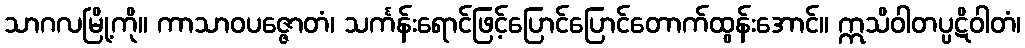
သာဂလမြို့ကို။ ကာသာဝပဇ္ဇောတံ၊ သင်္ကန်းရောင်ဖြင့်ပြောင်ပြောင်တောက်ထွန်းအောင်။ ဣသိဝါတပ္ပဋိဝါတံ၊